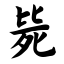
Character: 毙